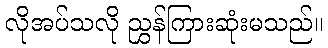
လိုအပ်သလို ညွှန်ကြားဆုံးမသည်။